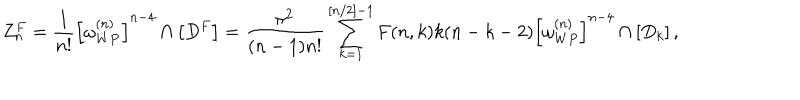
Z _ { n } ^ { F } = { \frac { 1 } { n ! } } \left[ \omega _ { W P } ^ { ( n ) } \right] ^ { n - 4 } \cap \left[ D ^ { F } \right] = { \frac { \pi ^ { 2 } } { ( n - 1 ) n ! } } \sum _ { k = 1 } ^ { [ n / 2 ] - 1 } F ( n , k ) k ( n - k - 2 ) \left[ \omega _ { W P } ^ { ( n ) } \right] ^ { n - 4 } \cap \left[ D _ { k } \right] ,